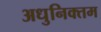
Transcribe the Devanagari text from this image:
अधुनिक्तम